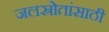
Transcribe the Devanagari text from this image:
जलस्रोतांसाठी